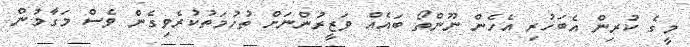
މީގެ ކުރިން އެބަހުރި އެހެން ނޫންތޯ ބައެއް ވަޒީރުންނަށް ތުހުމަތުކުރެވިގެން ވެސް މަގާމުން